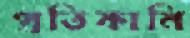
প্রতিকানি